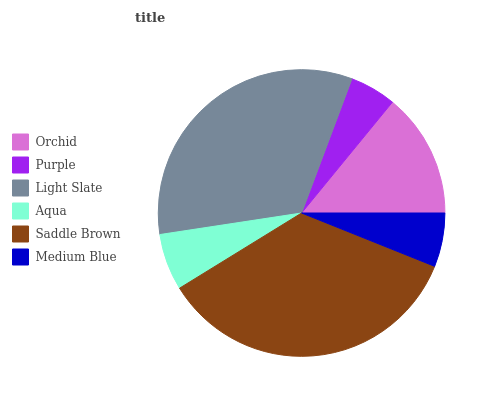
| Orchid | Purple | Light Slate | Aqua | Saddle Brown | Medium Blue |
 | --- | --- | --- | --- | --- | --- |
 | 14.1% | 5.22% | 33.1% | 6.38% | 35.2% | 6.06% |